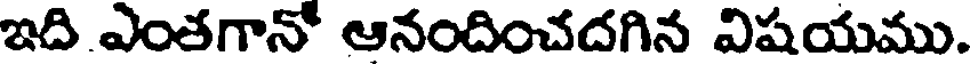
ఇది ఎంతగానో ఆనందించదగిన విషయము.